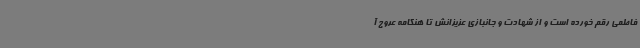
فاطمی رقم خورده است و از شهادت و جانبازی عزیزانش تا هنگامه عروج آ